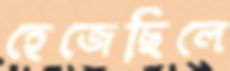
হেজেছিলে